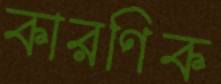
কারণিক